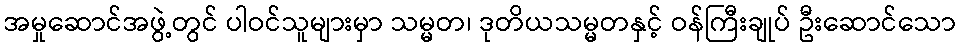
အမှုဆောင်အဖွဲ့တွင် ပါဝင်သူများမှာ သမ္မတ၊ ဒုတိယသမ္မတနှင့် ဝန်ကြီးချုပ် ဦးဆောင်သော